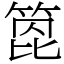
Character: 箆